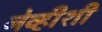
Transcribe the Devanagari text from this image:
नेव्हीशी